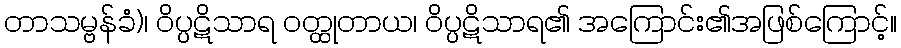
တာသမ္ဗန်ခံ)၊ ဝိပ္ပဋိသာရ ဝတ္ထုတာယ၊ ဝိပ္ပဋိသာရ၏ အကြောင်း၏အဖြစ်ကြောင့်။